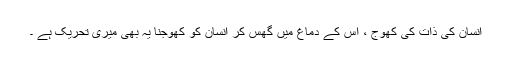
انسان کی ذات کی کھوج ، اس کے دماغ میں گھس کر انسان کو کھوجنا یہ بھی میری تحریک ہے ۔